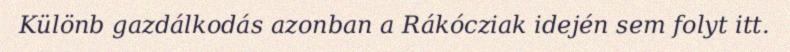
Különb gazdálkodás azonban a Rákócziak idején sem folyt itt.